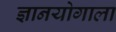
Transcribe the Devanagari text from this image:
ज्ञानयोगाला